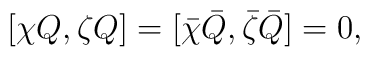
[\chi Q,\zeta Q] = [\bar{\chi} \bar{Q},\bar{\zeta} \bar{Q}] = 0,